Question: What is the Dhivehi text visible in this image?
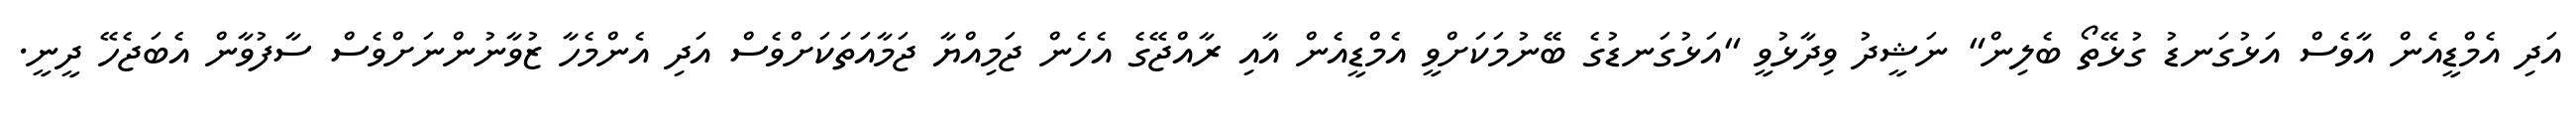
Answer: އަދި އެމްޑީއެން އާވެސް އަޅުގަނޑު ގުޅޭތޯ ބެލިން" ނަޝީދު ވިދާޅުވީ "އަޅުގަނޑުގެ ބޭނުމަކަށްވީ އެމްޑީއެން އާއި ރާއްޖޭގެ އެހެން ޖަމިއްޔާ ޖަމާއަތަކަށްވެސް އަދި އެންމެހާ ޒުވާނުންނަށްވެސް ސާފުވާން އެބަޖެހޭ ދީނީ.